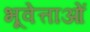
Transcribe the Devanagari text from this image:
भूवेत्ताओं